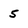
Character: 5